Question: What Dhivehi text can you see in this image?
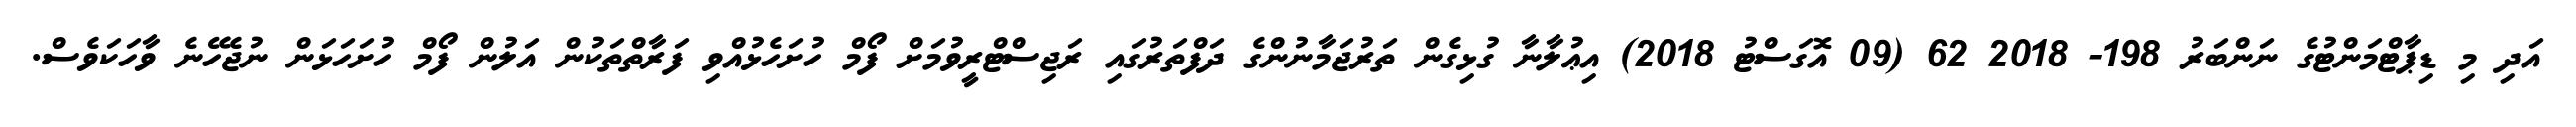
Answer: އަދި މި ޑިޕާޓްމަންޓުގެ ނަންބަރު 198- 2018 62 (09 އޮގަސްޓު 2018) އިޢުލާނާ ގުޅިގެން ތަރުޖަމާނުންގެ ދަފްތަރުގައި ރަޖިސްޓްރީވުމަށް ފޯމް ހުށަހެޅުއްވި ފަރާތްތަކުން އަލުން ފޯމް ހުށަހަޅަން ނުޖެހޭނެ ވާހަކަވެސް.